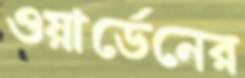
ওয়ার্ডেনের